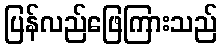
ပြန်လည်ဖြေကြားသည်